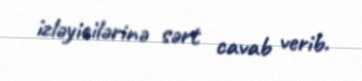
izləyicilərinə sərt cavab verib.